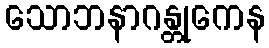
သောဘနာဂန္တုကေန